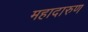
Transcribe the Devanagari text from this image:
महादारुण